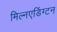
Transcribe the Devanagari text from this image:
मिल्नएडिंग्टन